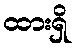
ထားရှိ